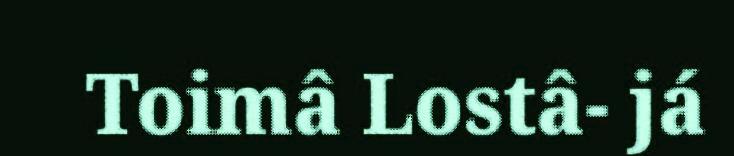
Toimâ Lostâ- já